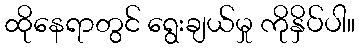
ထိုနေရာတွင် ရွေးချယ်မှု ကိုနှိပ်ပါ။